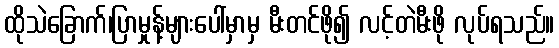
ထိုသဲခြောက်၊ပြာမှုန့်များပေါ်မှာမှ မီးတင်ဖို၍ လင့်တဲမီးဖို လုပ်ရသည်။